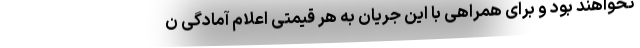
نخواهند بود و برای همراهی با این جریان به هر قیمتی اعلام آمادگی ن